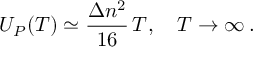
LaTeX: U _ { P } ( T ) \simeq \frac { \Delta n ^ { 2 } } { 1 6 } \, T , \quad T \to \infty \, { . }